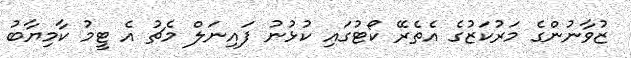
ޒުވާނުންގެ މަރުކަޒުގެ އެތެރޭ ކޯޓުގައި ކުޅުނު ފައިނަލް މެޗު އެ ޓީމު ކާމިޔާބު